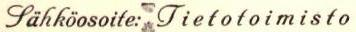
Sähköosoite: Tietotoimisto